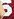
6